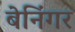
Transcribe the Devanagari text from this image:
बेनिंगर